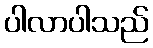
ပါလာပါသည်